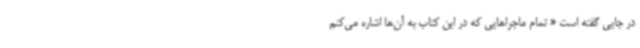
در جایی گفته است « تمام ماجراهایی که در این کتاب به آن‌ها اشاره می‌کنم